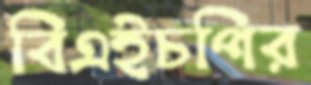
বিএইচপির